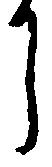
し